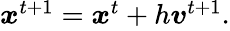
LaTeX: \begin{array}{r}{{\boldsymbol{x}}^{t+1}={\boldsymbol{x}}^{t}+h{\boldsymbol{v}}^{t+1}.}\end{array}